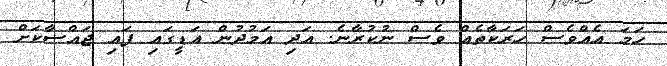
ހަމަ އެއްވެސް ހަރަކާތެއް ވެސް ނުކުރާނެ. އަދި އަމުދުން އަޑީގައި ފައި ޖައްސާކަށް